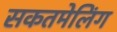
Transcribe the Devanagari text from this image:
सकतमेलिंग